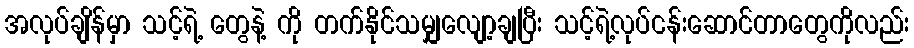
အလုပ်ချိန်မှာ သင့်ရဲ့ တွေနဲ့ ကို တက်နိုင်သမျှလျော့ချပြီး သင့်ရဲ့လုပ်ငန်းဆောင်တာတွေကိုလည်း